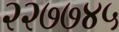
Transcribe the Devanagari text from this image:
२२७७४५